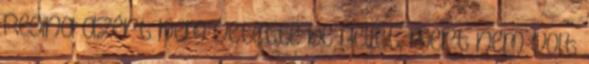
Regina azért nem vetette be Bellet, mert nem volt